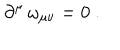
LaTeX: \partial ^ { \mu } \, \omega _ { \mu \nu } = 0 \ .